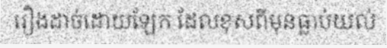
រឿងដាច់ដោយឡែក ដែលខុសពីមុនធ្លាប់យល់